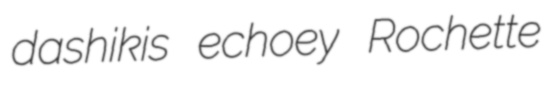
dashikis echoey Rochette